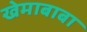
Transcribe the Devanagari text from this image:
खेमाबाबा